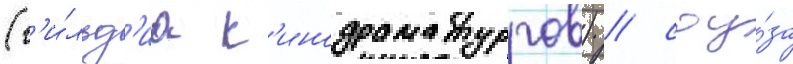
(г'и́льд'иа к'инодраматургов) / соу́за